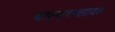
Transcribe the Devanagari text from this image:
बाक्सरफ्लायड